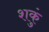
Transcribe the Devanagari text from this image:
शकुं